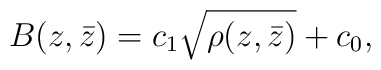
B(z,\bar z)=c_1\sqrt{\rho(z,\bar z)}+c_0,